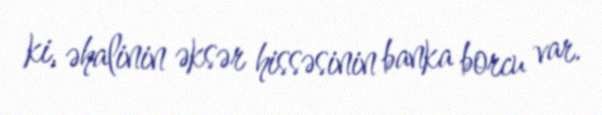
ki, əhalinin əksər hissəsinin banka borcu var.